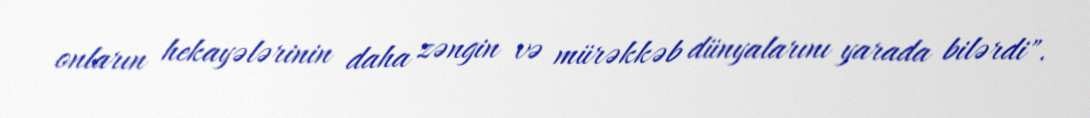
onların hekayələrinin daha zəngin və mürəkkəb dünyalarını yarada bilərdi".